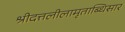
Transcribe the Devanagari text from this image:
श्रीदत्तलीलामृताब्धिसार